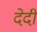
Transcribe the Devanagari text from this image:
देदी